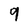
Character: 9